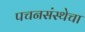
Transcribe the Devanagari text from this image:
पचनसंस्थेचा